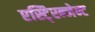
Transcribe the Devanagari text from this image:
एस्टि्रन्जेन्ट